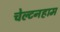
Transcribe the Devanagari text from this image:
चेल्टनहाम